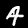
Digit: 4